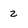
Character: 2